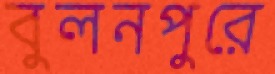
বুলনপুরে